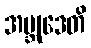
အဗ္ဘုဒေတိ